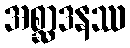
အစ္ဆာဒနဿ